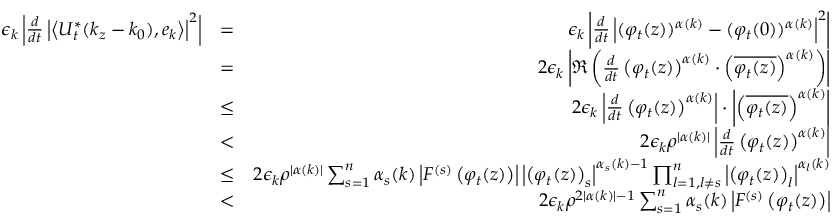
\begin{array} { r l r } { \epsilon _ { k } \left| \frac { d } { d t } \left| \left\langle U _ { t } ^ { * } ( k _ { z } - k _ { 0 } ) , e _ { k } \right\rangle \right| ^ { 2 } \right| } & { = } & { \epsilon _ { k } \left| \frac { d } { d t } \left| ( \varphi _ { t } ( z ) ) ^ { \alpha ( k ) } - ( \varphi _ { t } ( 0 ) ) ^ { \alpha ( k ) } \right| ^ { 2 } \right| } \\ & { = } & { 2 \epsilon _ { k } \left| \Re \left( \frac { d } { d t } \left( \varphi _ { t } ( z ) \right) ^ { \alpha ( k ) } \cdot \left( \overline { { \varphi _ { t } ( z ) } } \right) ^ { \alpha ( k ) } \right) \right| } \\ & { \leq } & { 2 \epsilon _ { k } \left| \frac { d } { d t } \left( \varphi _ { t } ( z ) \right) ^ { \alpha ( k ) } \right| \cdot \left| \left( \overline { { \varphi _ { t } ( z ) } } \right) ^ { \alpha ( k ) } \right| } \\ & { < } & { 2 \epsilon _ { k } \rho ^ { | \alpha ( k ) | } \left| \frac { d } { d t } \left( \varphi _ { t } ( z ) \right) ^ { \alpha ( k ) } \right| } \\ & { \leq } & { 2 \epsilon _ { k } \rho ^ { | \alpha ( k ) | } \sum _ { s = 1 } ^ { n } \alpha _ { s } ( k ) \left| F ^ { ( s ) } \left( \varphi _ { t } ( z ) \right) \right| \left| \left( \varphi _ { t } ( z ) \right) _ { s } \right| ^ { \alpha _ { s } ( k ) - 1 } \prod _ { l = 1 , l \neq s } ^ { n } \left| \left( \varphi _ { t } ( z ) \right) _ { l } \right| ^ { \alpha _ { l } ( k ) } } \\ & { < } & { 2 \epsilon _ { k } \rho ^ { 2 | \alpha ( k ) | - 1 } \sum _ { s = 1 } ^ { n } \alpha _ { s } ( k ) \left| F ^ { ( s ) } \left( \varphi _ { t } ( z ) \right) \right| } \end{array}